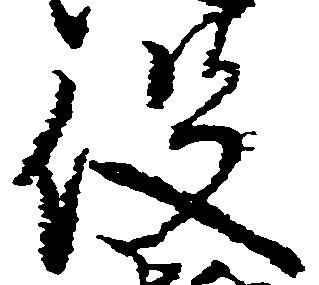
役